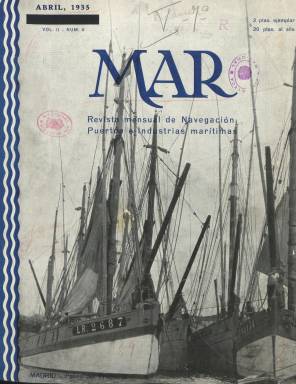
Título: Mar (Madrid. 1935)
Colección: Navegación
Ámbito geográfico: Madrid
Lugar de publicación: Madrid
Fechas: 01/04/1935-30/06/1936

Esta publicación mensual es continuación de Navegación, Puertos, Industrias del Mar, que había comenzado a editarse en enero de 1934 por su director y propietario Vicente Olmo y había concluido en agosto. Mar arranca en abril de 1935 siguiendo la numeración de la anterior y con Timoteo Olondo como director técnico.

  Sus fantásticas portadas fotográficas de barcos y estampas marinas hacen dudar al lector de si esta revista no sería editada en alguna ciudad portuaria del litoral. Pero no, era editada en Madrid y tenía su sede en un lugar tan lejano del mar como el Paseo del Prado. La intención no era otra que defender los intereses de las industrias marítimas, mercantil y pesquera, desde el mismo corazón de la Península, dado que dichos intereses eran "ignorados del pueblo español", según se afirma en el primer número de Mar.

  En esta nueva etapa la publicación, además de su contenido habitual, incorpora secciones nuevas como Jurisprudencia Marítima, con sentencias extranjeras y españolas sobre litigios que se presentan en las actividades de la navegación; Revista de revistas, con la publicación de traducciones y extractos de artículos publicados en otros medios; y Novedades técnicas, sección dedicada a los progresos en el ámbito de la industria marítima.

   La revista estaba muy bien ilustrada, no sólo con fotografías sino con grabados, dibujos y esquemas gráficos que ayudaban a la comprensión de los asuntos tratados. Es una pena que en la colección de la BNE hayan desaparecido las portadas de los números correspondientes a 1936, salvo la de enero.

  En su número de abril de 1936, poco antes de su desaparición por el inicio de la Guerra Civil, la revista sugería una curiosa iniciativa con objeto de que los españoles se interesaran más por los asuntos marítimos y así poder romper con el tópico de que "España vive de espaldas al mar".

   La revista planteaba realizar espectáculos acuáticos en el madrileño estanque del  parque del Retiro, con unos cuantos microveleros, bateles y un mástil para preparar cucañas. Para más adelante se proponía la posibilidad de celebrar una Feria del Mar en el lago de la Casa de Campo.  Proyectos todos ellos que, desgraciadamente, quedaron olvidados con la tragedia de la guerra.

[Descripción publicada el 7/2/2020]